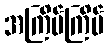
အကြိမ်ကြိမ်